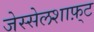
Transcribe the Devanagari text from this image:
जेस्सेलशाफ़्ट